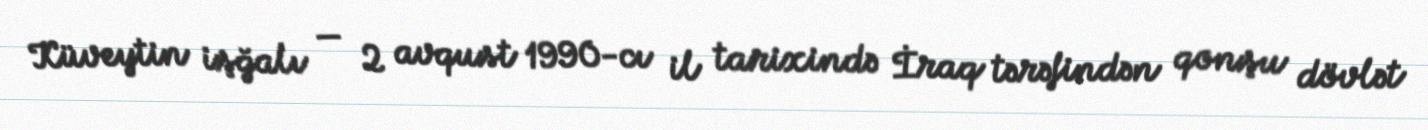
Küveytin işğalı — 2 avqust 1990-cı il tarixində İraq tərəfindən qonşu dövlət